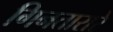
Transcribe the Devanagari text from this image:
गिनतारारे